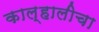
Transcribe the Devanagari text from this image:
काल्हालीचा